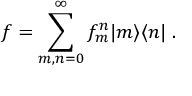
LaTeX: f = \sum _ { m , n = 0 } ^ { \infty } f _ { m } ^ { n } | m \rangle \langle n | \; .